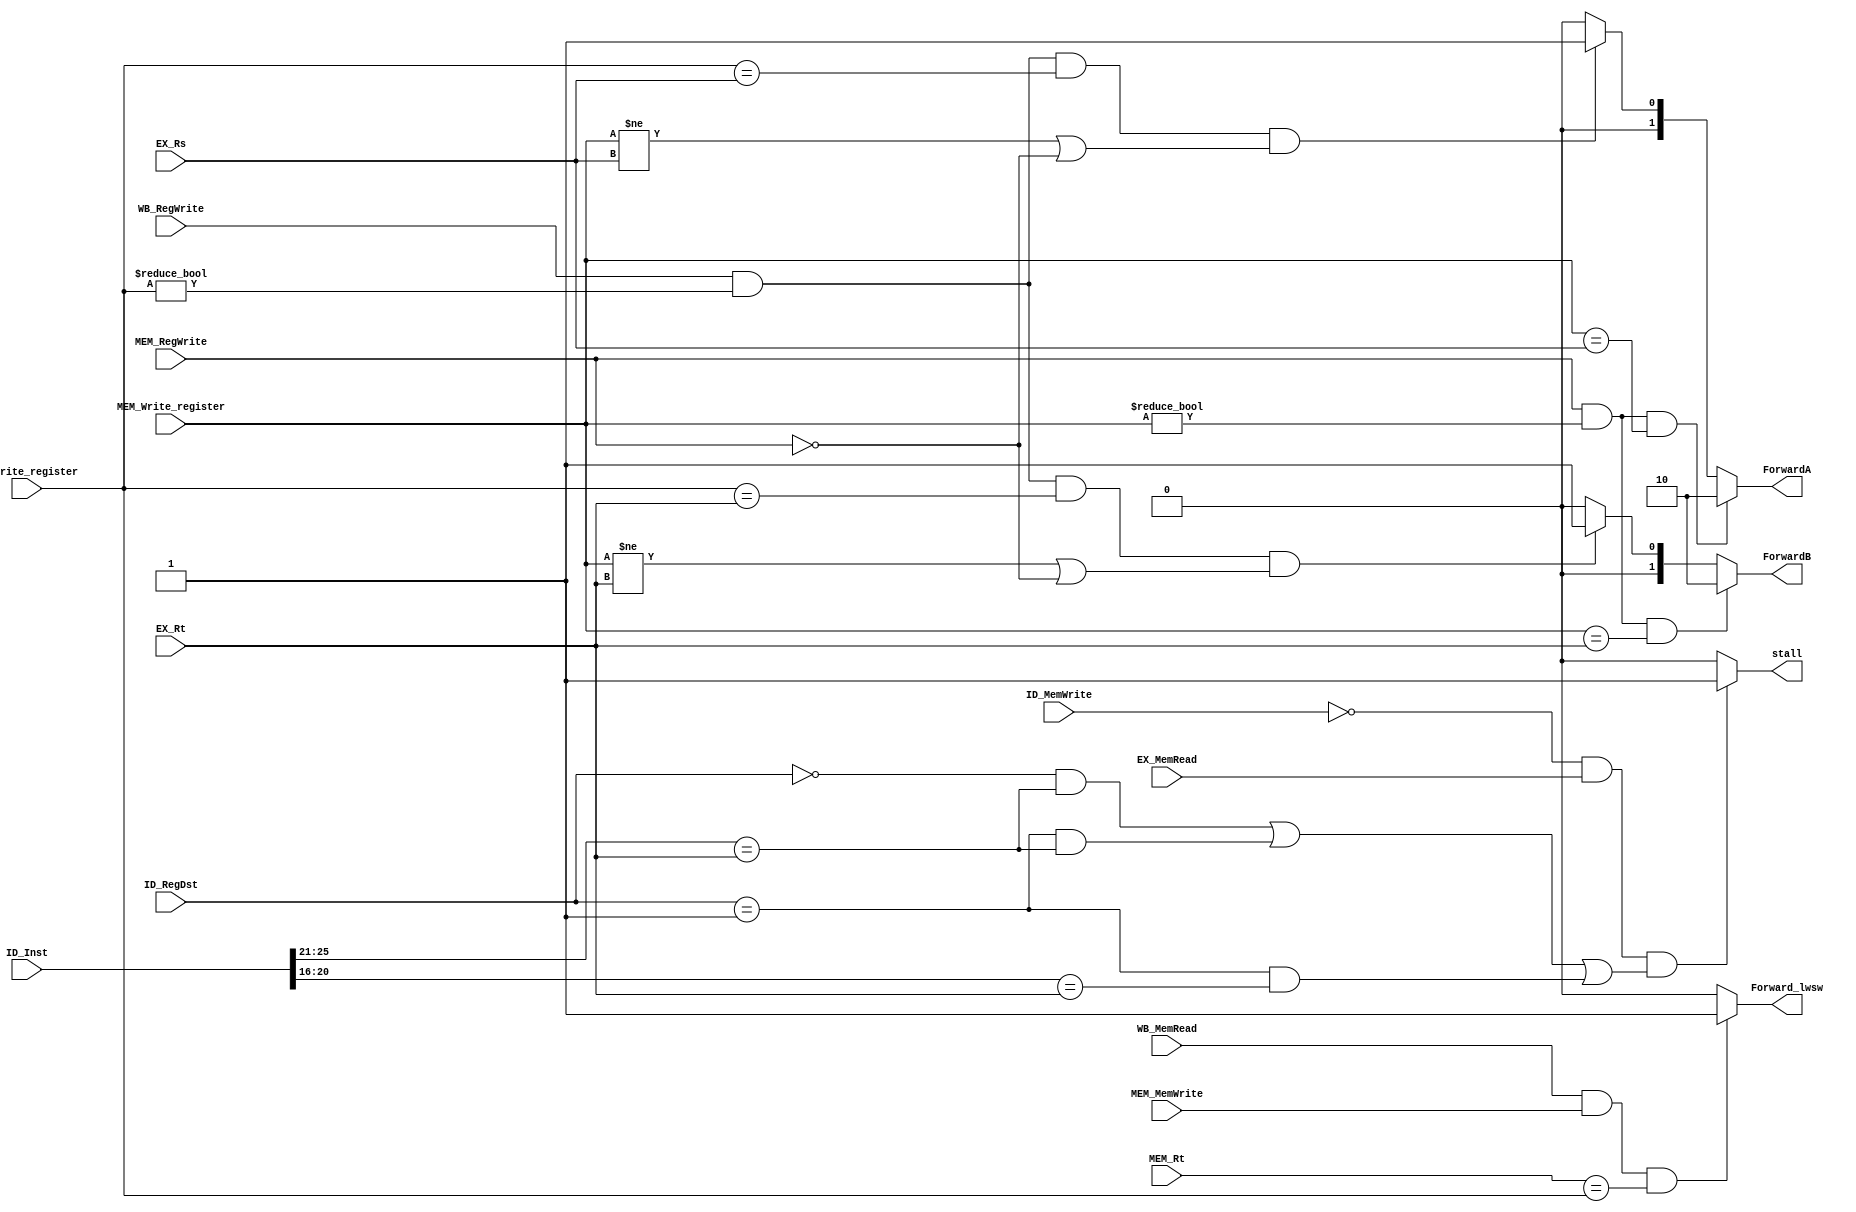
`timescale 1ns / 1ps
//////////////////////////////////////////////////////////////////////////////////
// Company: 
// Engineer: 
// 
// Design Name: 
// Module Name: ForwardHazard
// Project Name: 
// Target Devices: 
// Tool Versions: 
// Description: 
// 
// Dependencies: 
// 
// Revision:
// Revision 0.01 - File Created
// Additional Comments:
// 
//////////////////////////////////////////////////////////////////////////////////


module ForwardHazard(ID_MemWrite,ID_RegDst,ID_Inst,EX_MemRead,EX_Rs,
    EX_Rt,MEM_RegWrite,MEM_MemWrite,MEM_Rt,MEM_Write_register,
    WB_RegWrite,WB_Write_register,WB_MemRead,
    ForwardA,ForwardB,Forward_lwsw,stall
    );
input ID_MemWrite,EX_MemRead,MEM_RegWrite,MEM_MemWrite,WB_RegWrite,WB_MemRead;
input [1:0] ID_RegDst;
input [4:0] EX_Rs,EX_Rt,MEM_Rt,MEM_Write_register,WB_Write_register;
(* DONT_TOUCH= "TRUE" *) input [31:0] ID_Inst;

(* DONT_TOUCH= "TRUE" *) output wire [1:0] ForwardA,ForwardB;
(* DONT_TOUCH= "TRUE" *) output wire Forward_lwsw,stall;

assign ForwardA = (MEM_RegWrite && (MEM_Write_register!=0) && (MEM_Write_register==EX_Rs))? 2'b10:
(WB_RegWrite && (WB_Write_register!=0) && (WB_Write_register==EX_Rs)
&&(MEM_Write_register!=EX_Rs||~MEM_RegWrite))?2'b01:2'b00;
assign ForwardB = (MEM_RegWrite && (MEM_Write_register!=0) && (MEM_Write_register==EX_Rt))? 2'b10:
(WB_RegWrite && (WB_Write_register!=0) && (WB_Write_register==EX_Rt)
&&(MEM_Write_register!=EX_Rt||~MEM_RegWrite))?2'b01:2'b00;
assign stall = (~ID_MemWrite && EX_MemRead && (
((ID_RegDst==2'b00) && (ID_Inst[25:21] == EX_Rt))||
((ID_RegDst==2'b01) && (ID_Inst[25:21] == EX_Rt))||
((ID_RegDst==2'b01) && (ID_Inst[20:16] == EX_Rt))))?1'b1:1'b0;
assign Forward_lwsw = (WB_MemRead && MEM_MemWrite && MEM_Rt == WB_Write_register)? 1'b1:1'b0;
endmodule